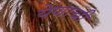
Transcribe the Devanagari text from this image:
येणाची